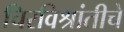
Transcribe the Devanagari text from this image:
चिरविश्रांतीचे